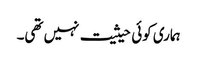
ہماری کوئی حیثیت نہیں تھی۔